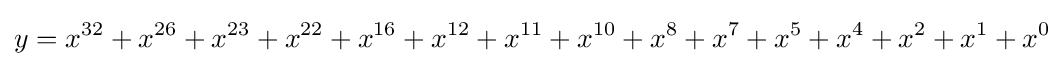
y=x^{32}+x^{26}+x^{23}+x^{22}+x^{16}+x^{12}+x^{11}+x^{10}+x^{8}+x^{7}+x^{5}+x^{4}+x^{2}+x^{1}+x^{0}